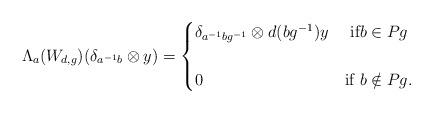
LaTeX: \begin{align*}\Lambda_{a}(W_{d,g})(\delta_{a^{-1}b}\otimes y)=\begin{cases} \delta_{a^{-1}bg^{-1}}\otimes d(bg^{-1})y & \mbox{ if} b \in Pg\cr &\cr 0 & \mbox{if } b \notin Pg. \end{cases}\end{align*}